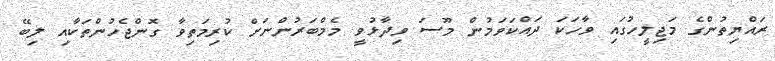
ރައްޔިތުންގެ މަޖިލީހުގައި ވާހަކަ ދައްކަވަމުން މޫސަ ވިދާޅުވީ މެމްބަރުންނަށް ކުރިމަތިވާ ގޮންޖެހުންތަކާއި ލިބޭ